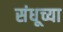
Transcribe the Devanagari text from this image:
संधूच्या